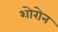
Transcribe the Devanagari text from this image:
शोरोन